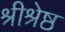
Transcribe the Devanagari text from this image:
श्रीश्रेष्ठ